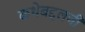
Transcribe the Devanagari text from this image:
कथेबद्दलची